Report on lock hospitals in British Burma
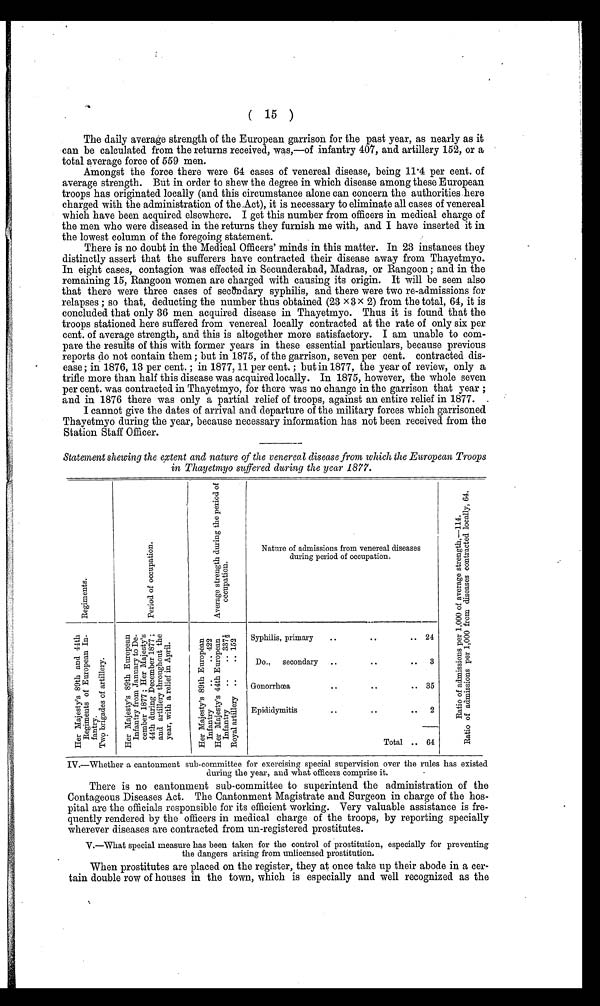
(15)
The daily average strength of the European garrison for the past year, as nearly as it
can be calculated from the returns received, was,—of infantry 407, and. artillery 152, or a
total average force of 559 men.
Amongst the force there were 64 cases of venereal disease, being 11.4 per cent. of
average strength. But in order to shew the degree in which disease among these European
troops has originated locally (and this circumstance alone can concern the authorities here
charged with the administration of the Act), it is necessary to eliminate all cases of venereal
which have been acquired elsewhere. I get this number from officers in medical charge of
the men who were diseased in the returns they furnish me with, and I have inserted it in
the lowest column of the foregoing statement.
There is no doubt in the Medical Officers' minds in this matter. In 23 instances they
distinctly assert that the sufferers have contracted their disease away from Thayetmyo.
In eight cases, contagion was effected in Secunderabad, Madras, or Rangoon ; and in the
remaining 15, Rangoon women are charged with causing its origin. It will be seen also
that there were three cases of secondary syphilis, and there were two re-admissions for
relapses ; so that, deducting the number thus obtained (23 x 3 x 2) from the total, 64, it is
concluded that only 36 men acquired disease in Thayetmyo. Thus it is found that the
troops stationed here suffered from venereal locally contracted at the rate of only six per
cent. of average strength, and this is altogether more satisfactory. I am unable to com-
pare the results of this with former years in these essential particulars, because previous
reports do not contain them ; but in 1875, of the garrison, seven per cent. contracted dis-
ease ; in 1876, 13 per cent. ; in 1877, 11 per cent. ; but in 1877, the year of review, only a
trifle more than half this disease was acquired locally. In 1875, however, the whole seven
per cent. was contracted in Thayetmyo, for there was no change in the garrison that year ;
and in 1876 there was only a partial relief of troops, against an entire relief in 1877. .
I cannot give the dates of arrival and departure of the military forces which garrisoned
Thayetmyo during the year, because necessary information has not been received from the
Station Staff Officer.
Statement shewing the extent and nature of the venereal disease from which the European Troops
in Thayetmyo suffered during the year 1877.
H e r M a j e s t y ' s 8 9 t h a n d 4 4 t h R e g i m e n t s o f E u r o p e a n I n f a n t r y . T w o b r i g a d e s o f a r t i l l e r y .
H e r M a j e s t y ' s 8 9 t h E u r o p e a n
I n f a n t r y f r o m J a n u a r y t o D e c e m b e r 1 8 7 7 ; H e r M a j e s t y ' s 4 4 t h d u r i n g D e c e m b e r 1 8 7 7 ; a n d a r t i l l e r y t h r o u g h o u t t h e y e a r , w i t h a r e l i e f i n A p r i l .
H e r M a j e s t y , s 8 9 t h E u r o p e a n I n f a n t r y . . . . 4 2 2
H e r M a j e s t y ' s 4 4 t h E u r o p e a nI
n f a n t r y . . . . 3 7 7 1 / 2R
o y a l a r t i l l e r y . . 1 5 2
Nature of admissions from venereal diseases
during period of occupation,
R a t i o o f a d m i s s i o n s p
e r 1 , 0 0 0 o f a v e r a g e s t r e n t h , — 1 4 4 R a t i o o f a d m i s s i o n s p e r 1 , 0 0 0 f r o m d i s e a s e s c o n t r a c e d l o c a l l y , 6 4 .
Regiments.
Peri od of occupati on.
Aver age st r ent h dur i ng t he per i od of occupat i on.
Syphilis, primary..
..
.. 24
Do.,
secondary
..
. . 3
Gonorrhoea
• .
.. 35
Epididymitis
..
..
..
2
--
Total .. 64
IV.—Whether a cantonment sub-committee for exercising special supervision over the rules has existed
during the year, and what officers comprise it.
There is no cantonment sub-committee to superintend the administration of the
Contageous Diseases Act. The Cantonment Magistrate and Surgeon in charge of the hos
pital are the officials responsible for its efficient working. Very valuable assistance is fre
quently rendered by the officers in medical charge of the troops, by reporting specially
wherever diseases are contracted from un-registered prostitutes.
V.—What special measure has been taken for the control of prostitution, especially for preventing
the dangers arising from unlicensed prostitution.
When prostitutes are placed on the register, they at once take up their abode in a cer
tain double row of houses in the town, which is especially and well recognized as the